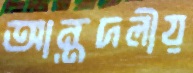
আন্তদলীয়